Bréfritari: Jóhannes Halldórsson
Dagsetning: A-1875-05-09
Skrifað á: Vesturheimi

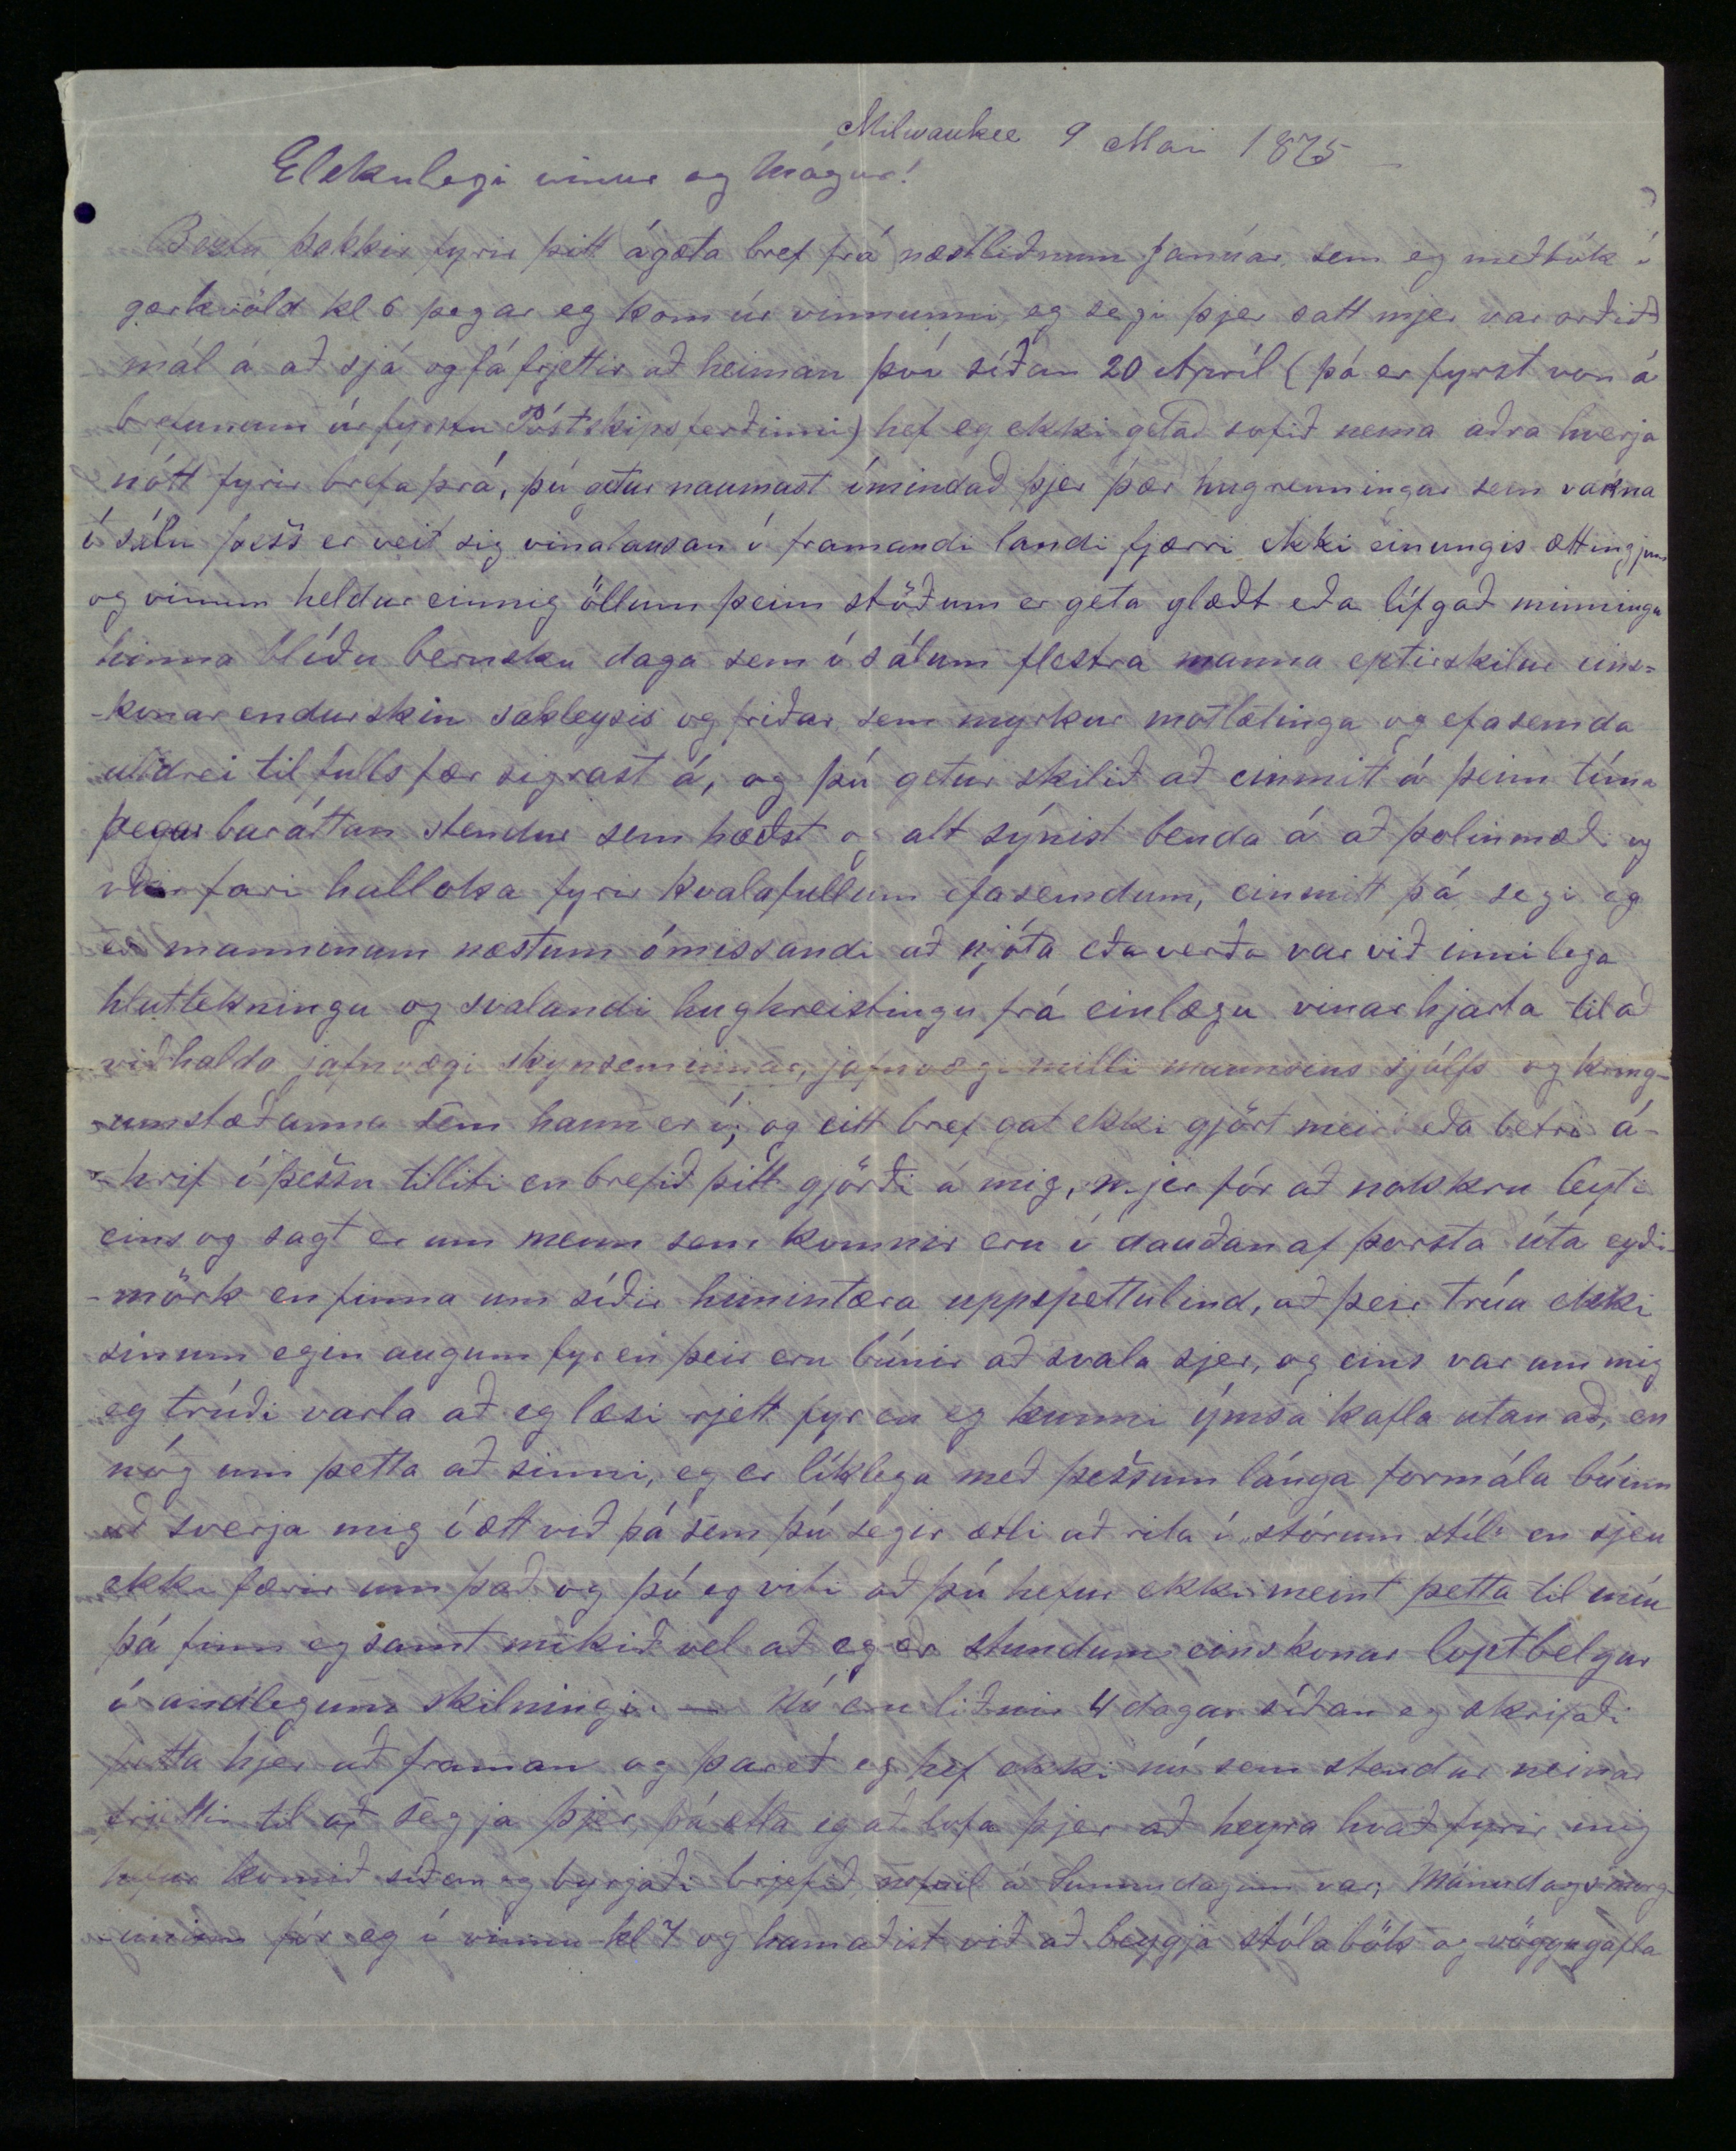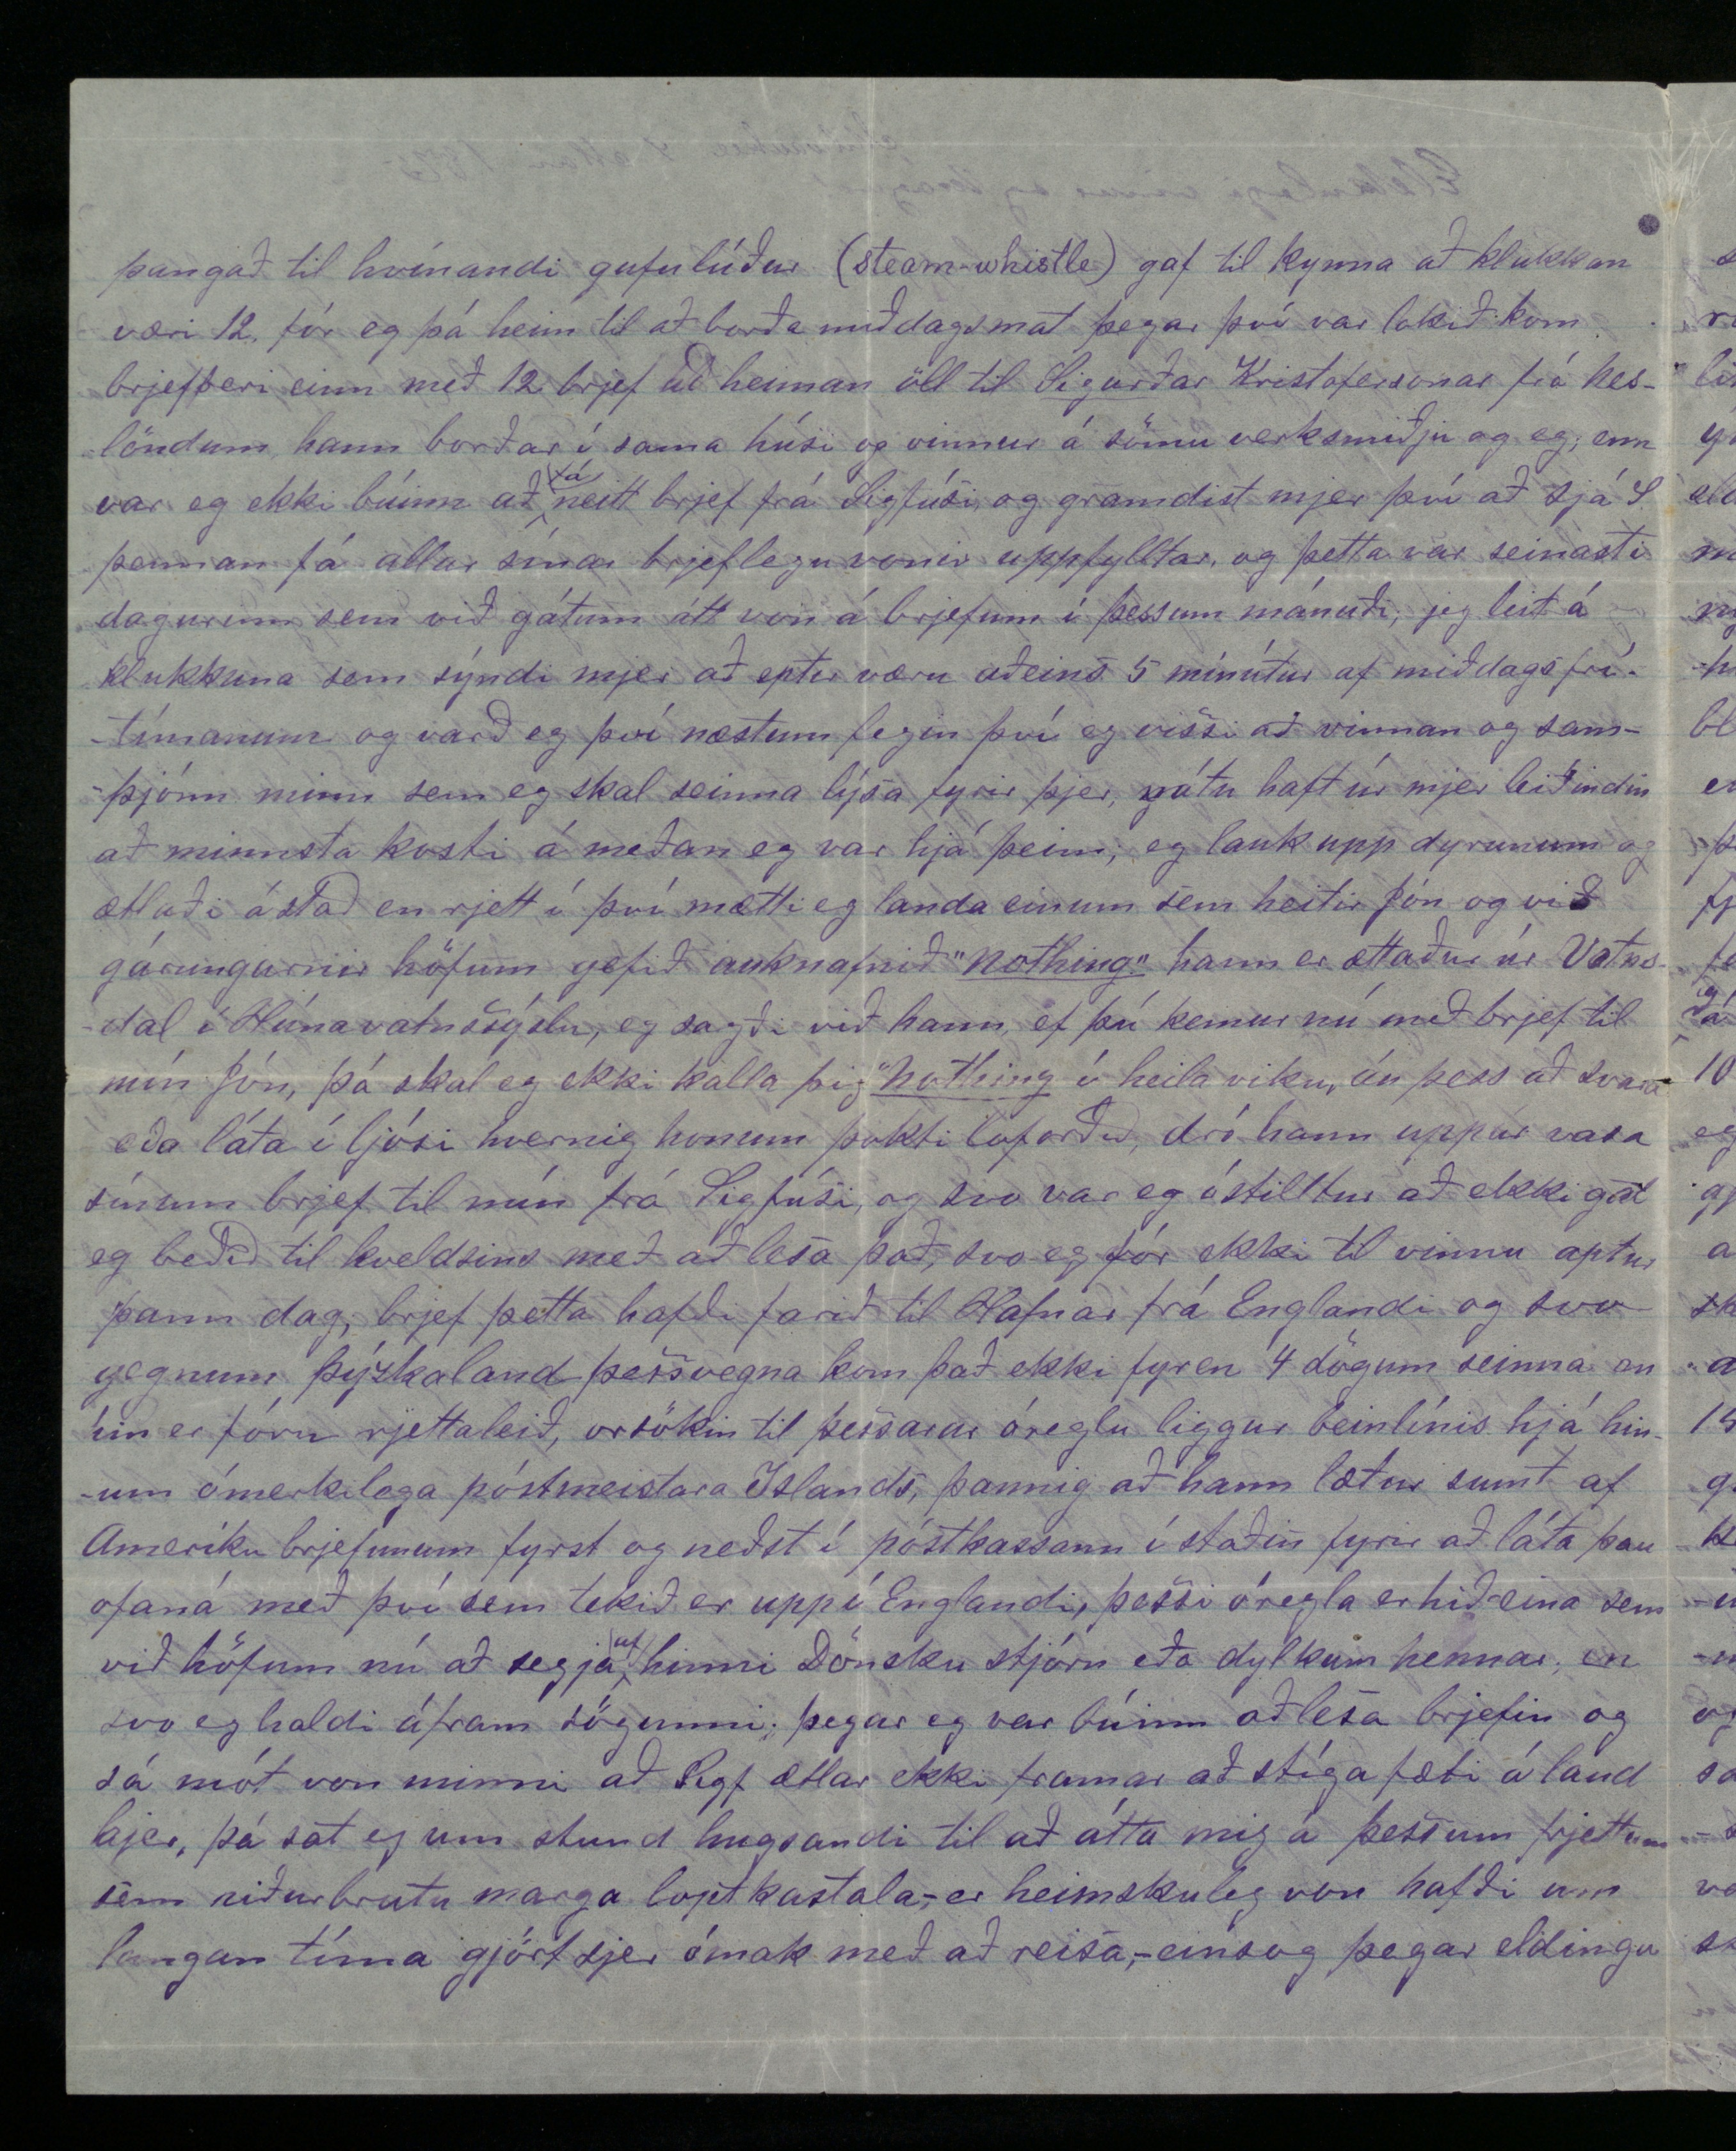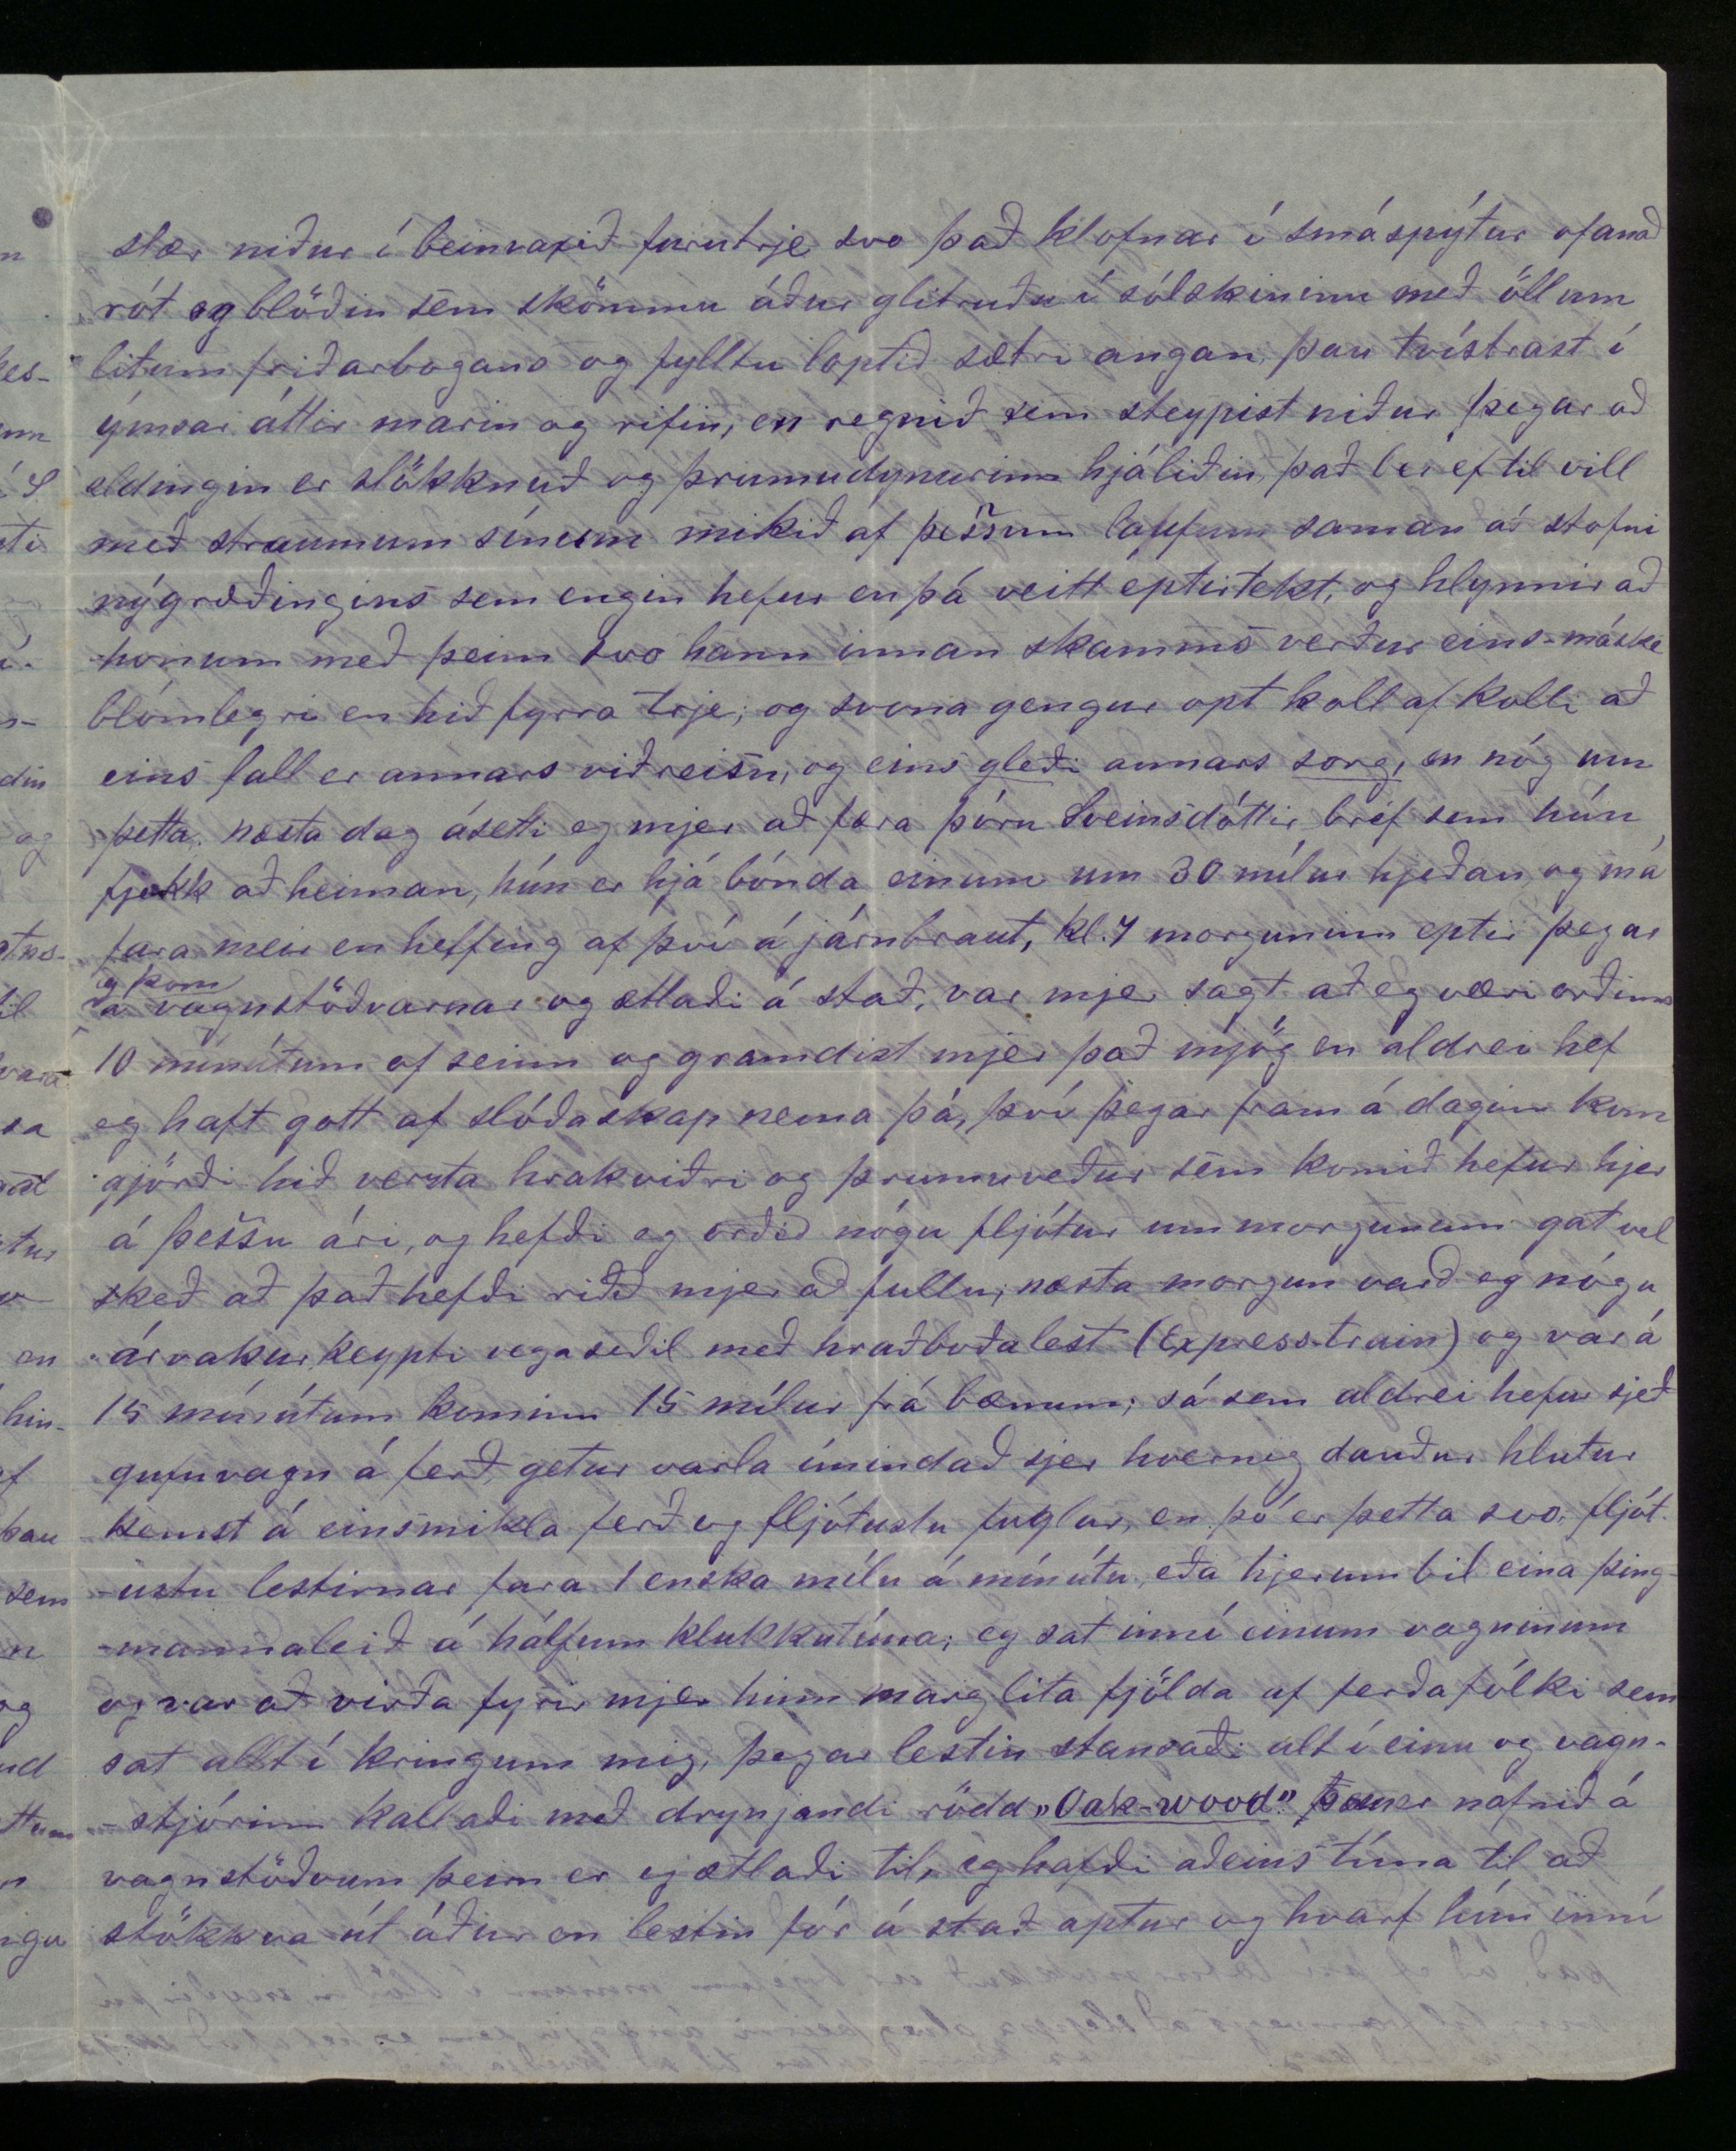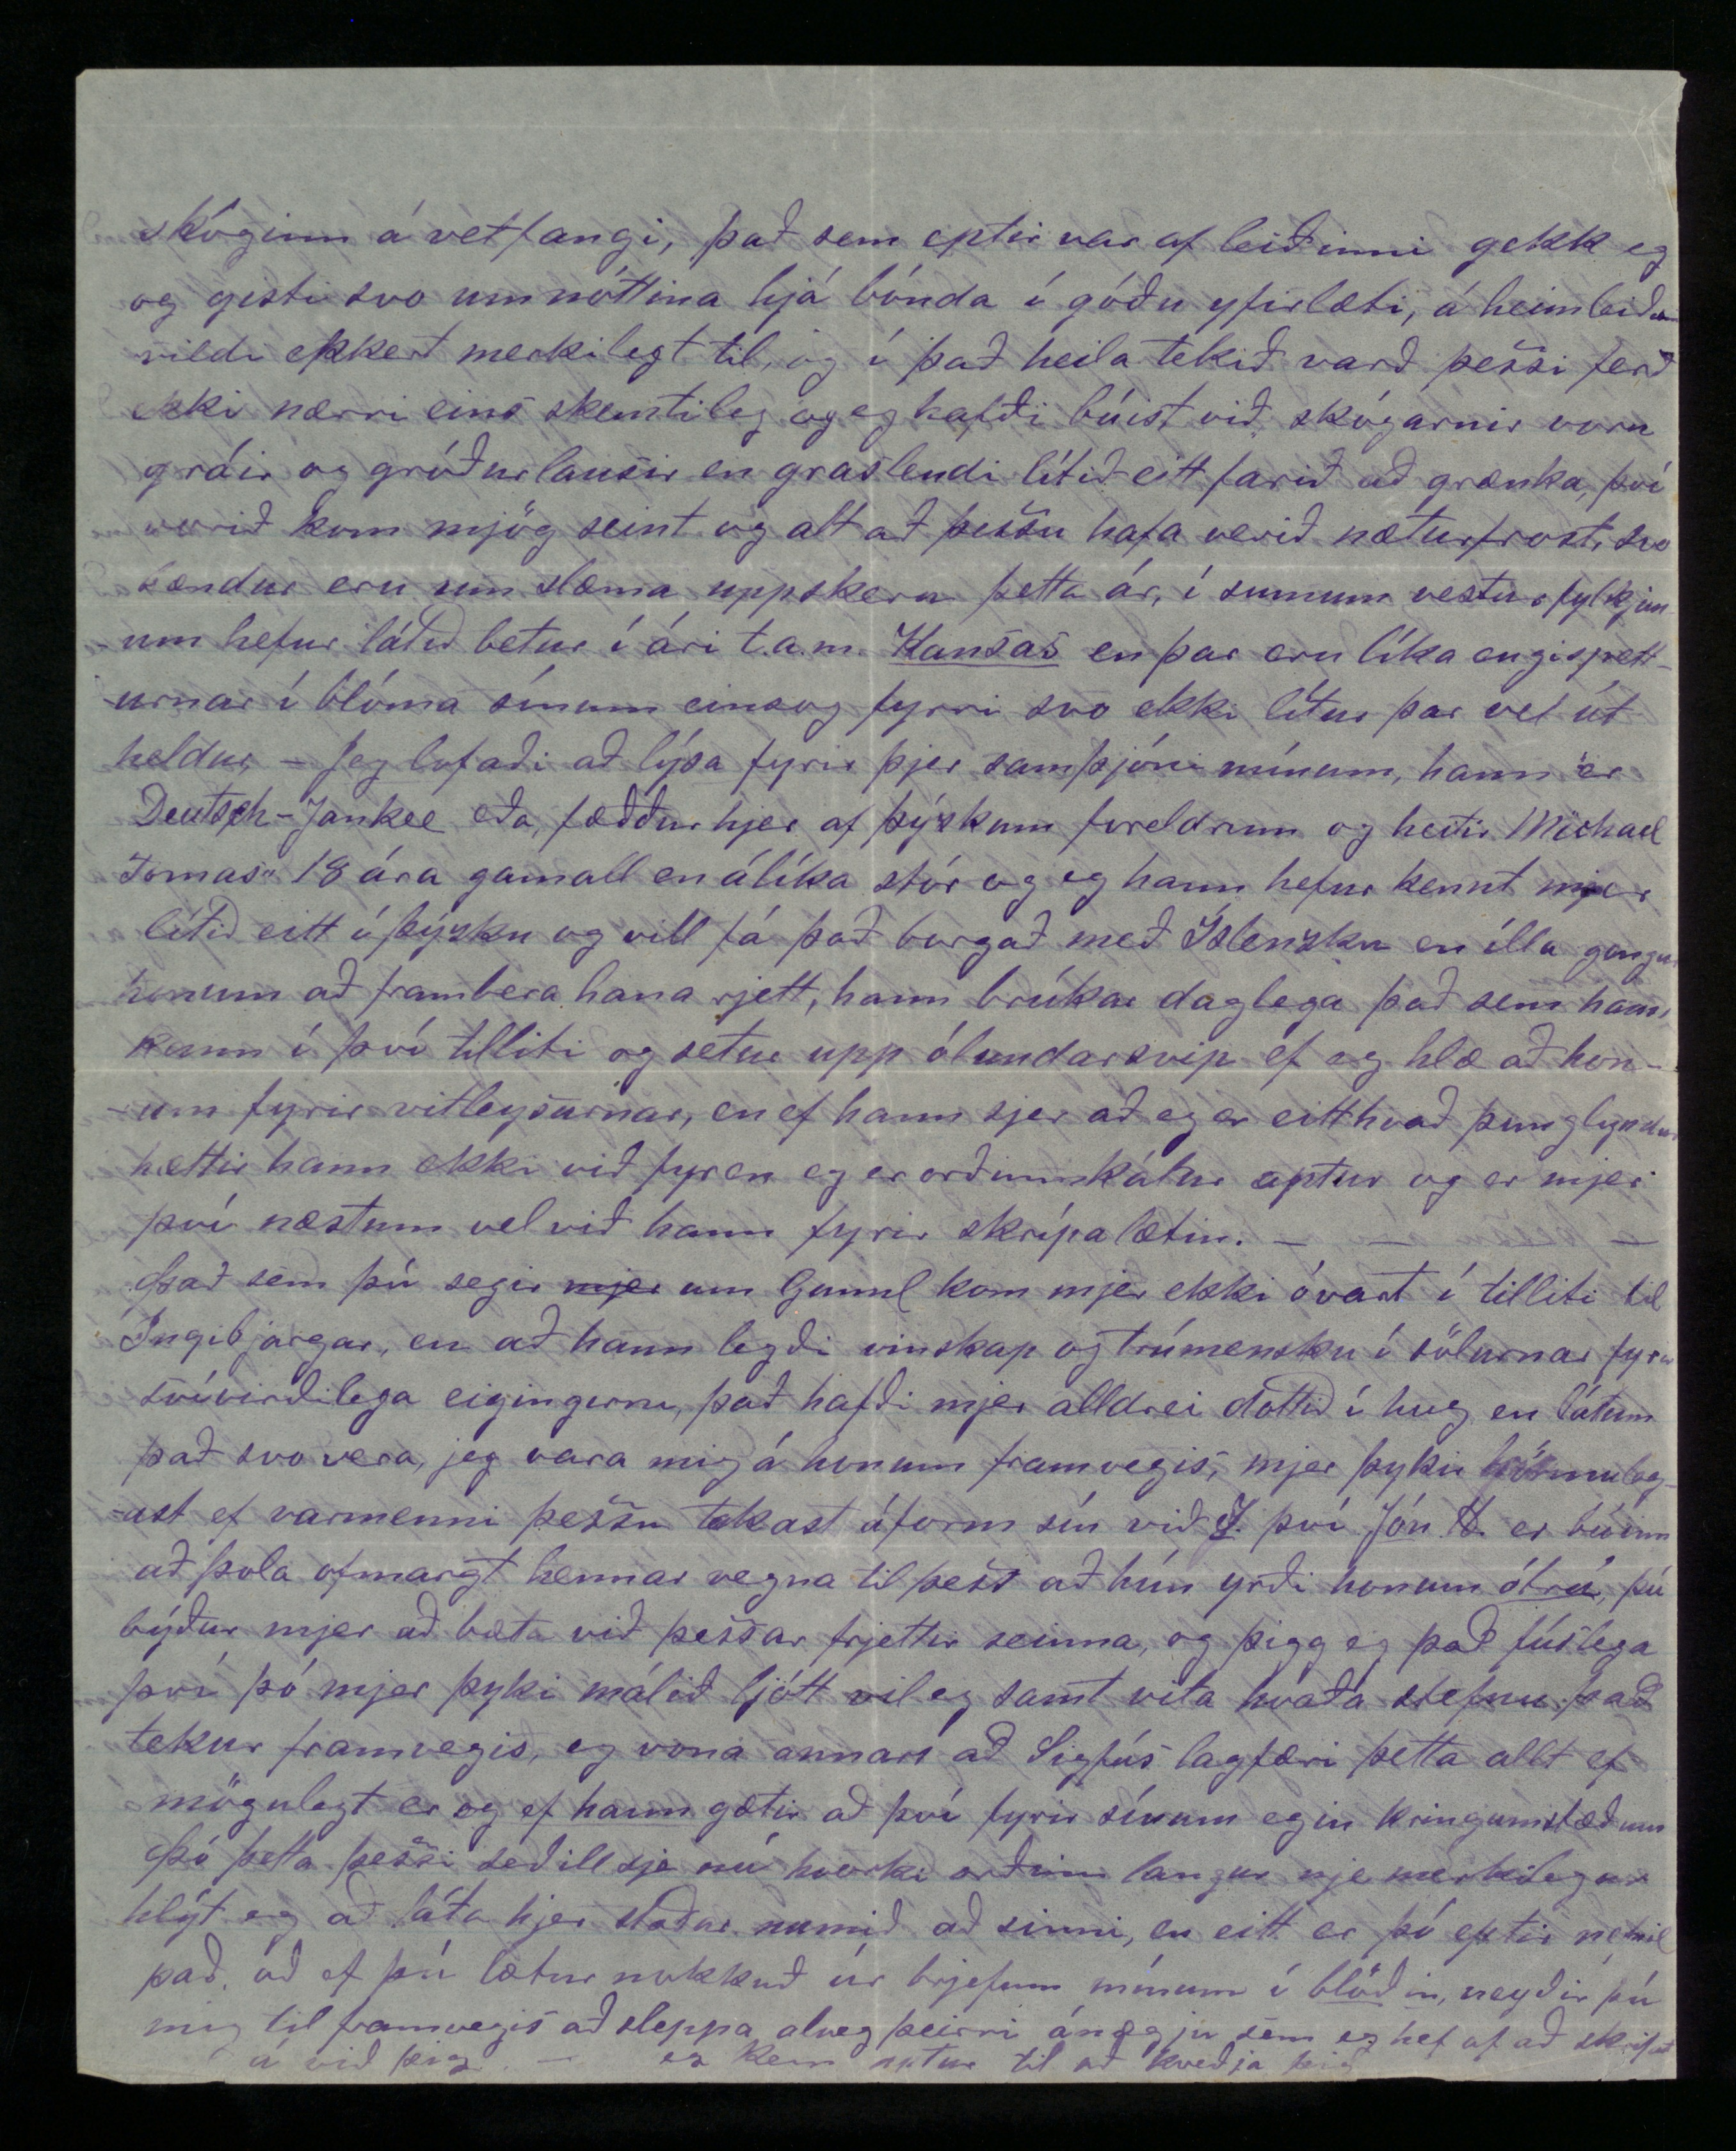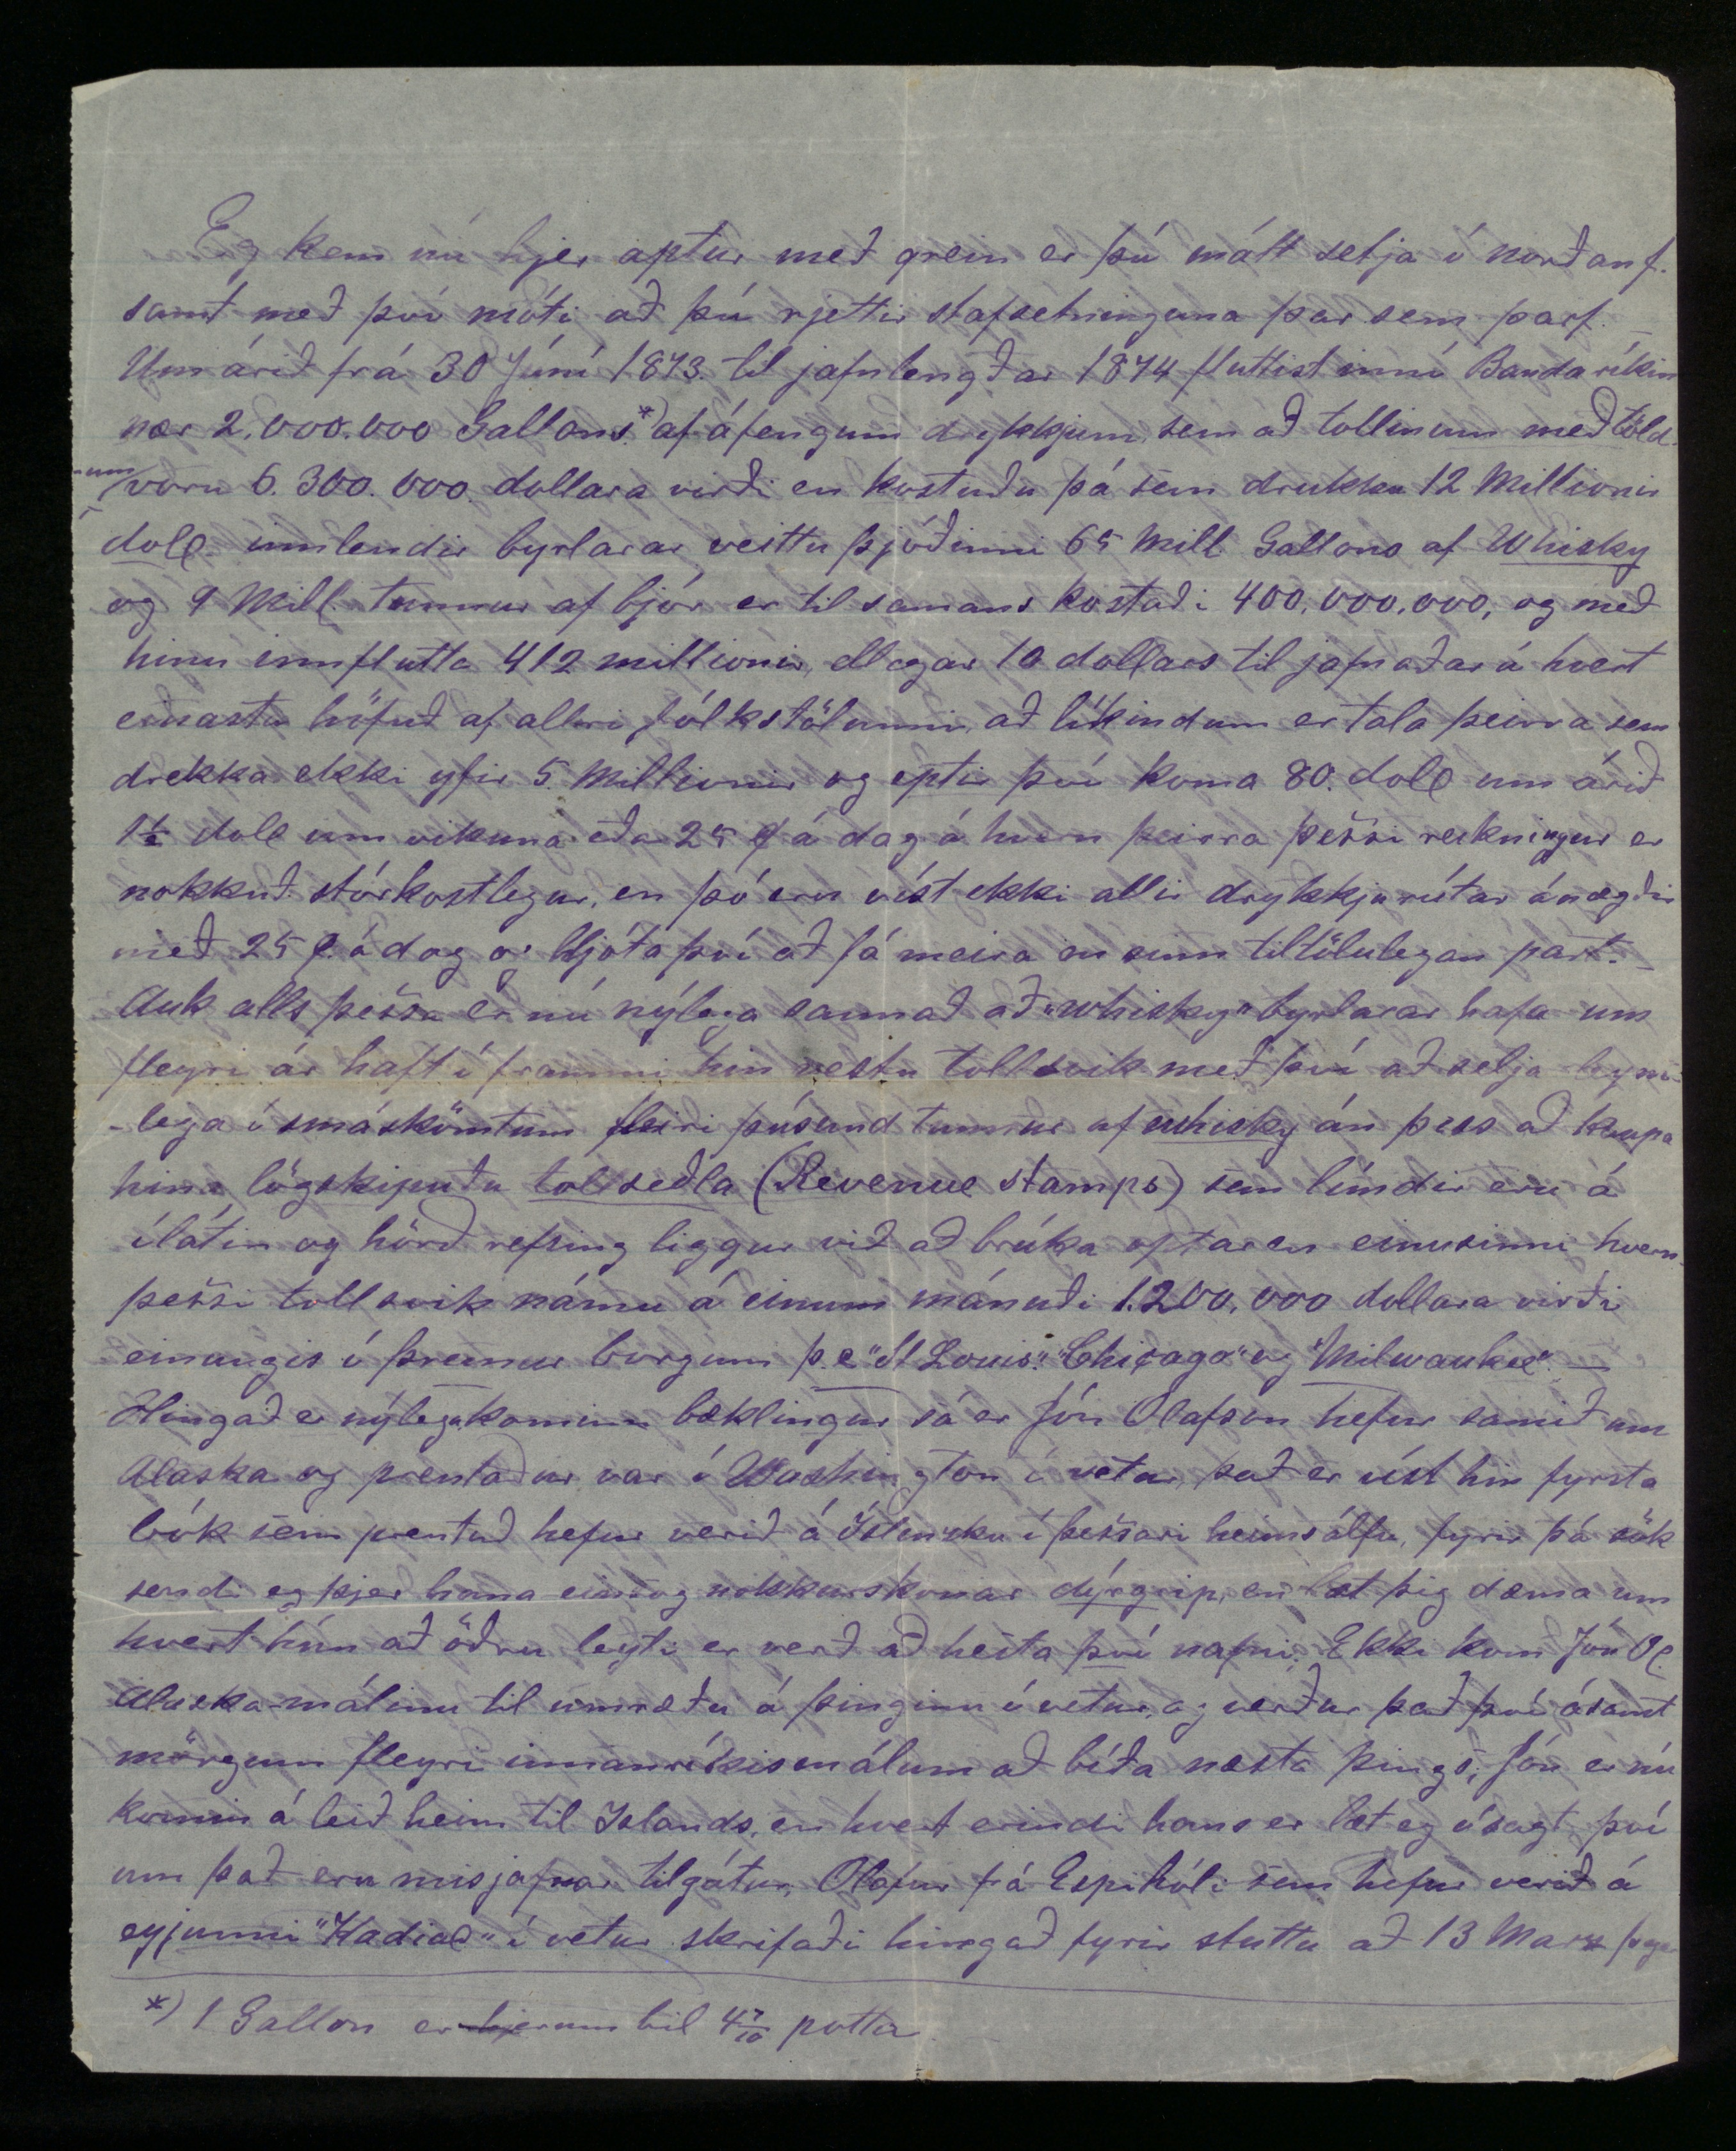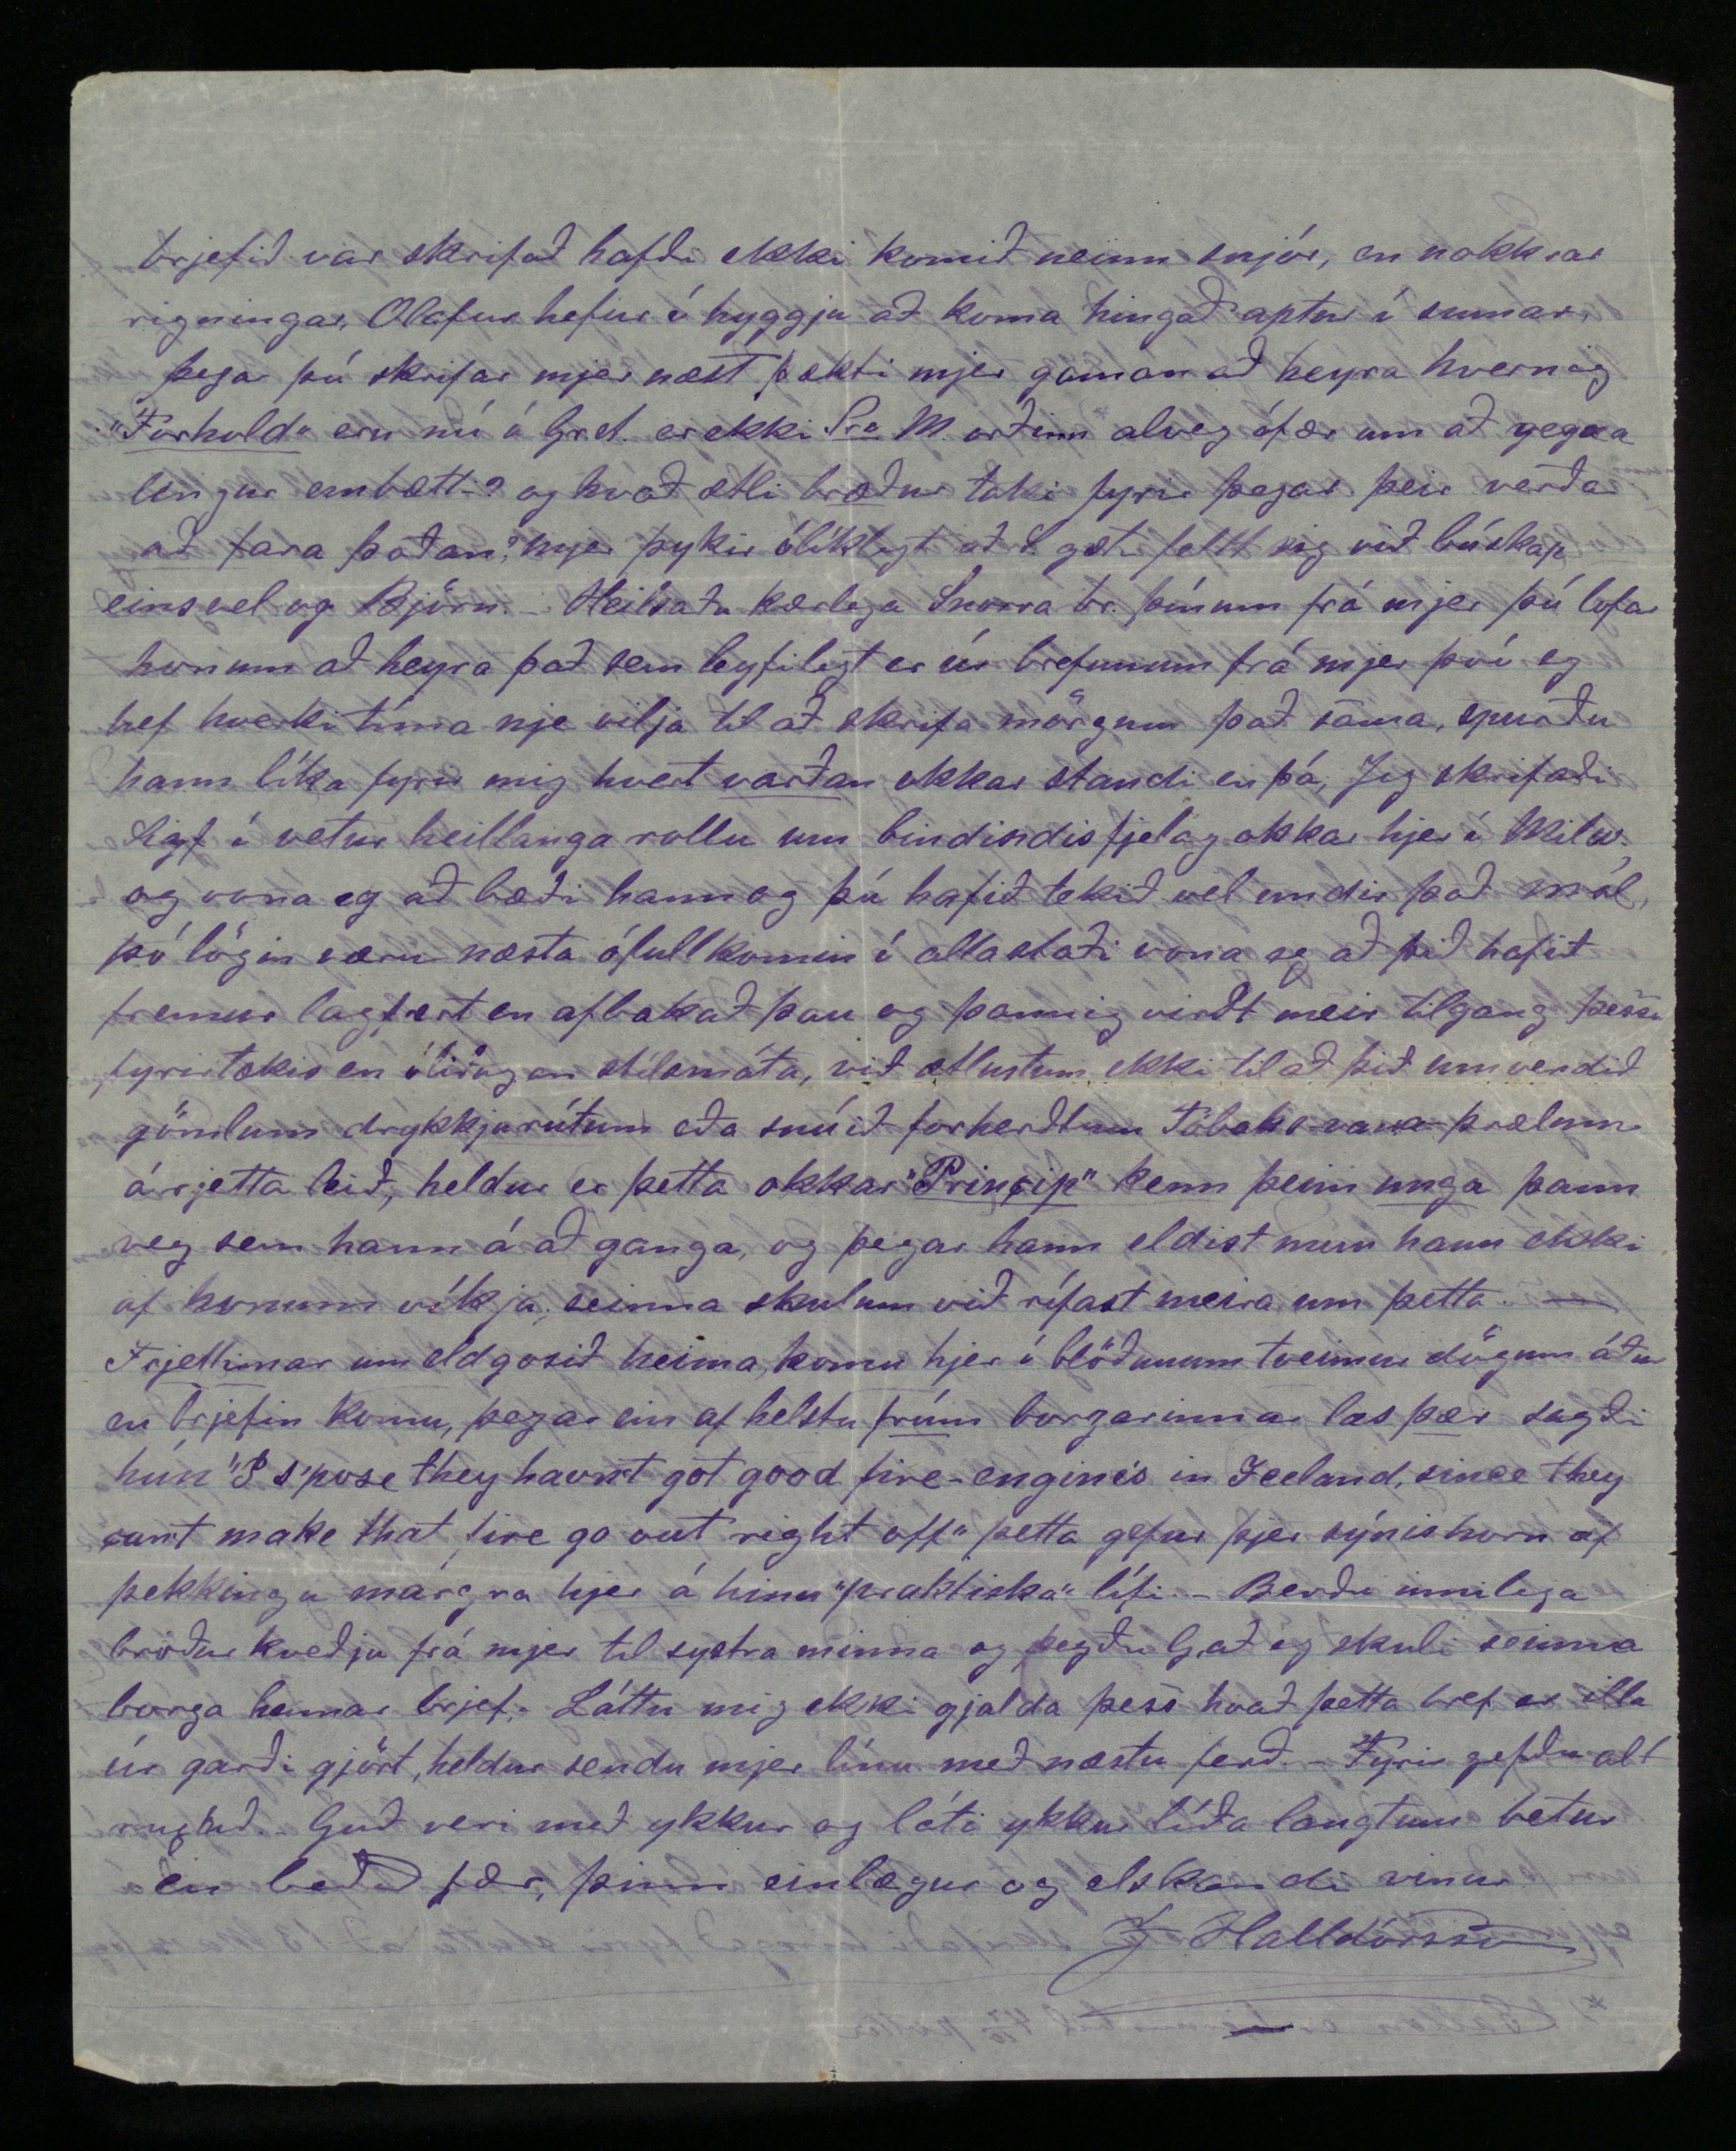

Milwaukee 9. Maí 1875
Elskulegi vinur og mágur!
Beztu þakkir fyrir þitt ágæta bref frá næstliðnum Janúar sem eg meðtók í gærkvöld kl 6 þegar eg kom úr vinnunni, eg segi þjer satt mjer var orðið mál á að sjá og fá frjettir að heiman því síðan 20 Apríl (þá er fyrzt var von á brefunum úr fyrstu Póstskipsferðinni) hef eg ekki getað sofið nema aðra hverja nótt fyrir brefaþrá, þú getur naumast ímindað þjer þær hugrenningar sem vakna í sálu þess er veit sig vinalausan í framandi landi fjærri ekki einungis ættingjum og vinum heldur einnig öllum þeim stöðum er geta glædt eða lífgað minningu hinna blíðu bernsku daga sem í sálum flestra manna eptirskilur einskonar endurskin sakleysis og friðar sem myrkur motlinga og efasemda alldrei til fulls fær sigrast á, og þú getur skilið að einmitt á þeim tíma þegar baráttan stendur sem hæðst og allt sýnist benda á að þolinmæði og 0000 fari halloka fyrir kvalarfullum forsendum, einmitt þá segi eg er manninum næstum ómissandi að njóta eða verða var við innilega hluttekningu og svalandi hughreistingu frá einlægu vinarhjarta til að viðhalda jafnvægi skynsemminnar og jafnvægi milli mannsins sjálfs og kringumstæðanna sem hann er í, og eitt bref gat ekki gjört meiri eða betri áhrif í þessu tilliti en brefið þitt gjörði á mig, mjer fór að nokkru leyti eins og sagt er um menn sem komnir eru í daðan af þorsta úta eyðimörk en finna um síðir
heinintæra
uppsprettulind, að þeir trúa ekki sínum egin augum fyr en þeir eru búnir að svala sjer, og eins var um mig eg trúði varla að eg læsi rjett fyr en eg kunni ýmsa kafla utan að, en nóg um þetta að sinni, eg er líklega með þessum lánga formála búinn að sverja mig í ætt við þá sem þú segir ætti að rita í stórum stíl en sjeu ekki færir um það og þó eg viti að þú hefur ekki meint þetta til mín þá finn eg samt mikið vel að eg er stundum einskonar
loptbelgur
í undarlegum skilningi. - Nú eru liðnir 4 dagar síðan eg skrifaði þetta hjer að framan og þar eð eg hef ekki nú sem stendur neinar frjettir að segja þjer þá ætla eg að lofa þjer að heyra hvað fyrir mig hefur komið síðan eg byrjaði brjefið 000000 á Sunnudaginn var; Mánudagsmorguninn fór eg í vinnu kl 7 og hamaðist við að beygja stólabök og vöggugafla
þangað til hvínandi gufulúður (steam-whislte) gaf til kynna að klukkan væri 12. fór eg þá heim til að borða miðdagsmat þegar því var lokið kom brjefberi einn með 12 brjef að heiman öll til Sigurðar Kristleifssonar frá Neslöndum hann borðar í sama húsi og vinnur á sömu verksmiðju og eg, enn var eg ekki búinn að
fá
neitt brjef frá Sigfúsi og gramdist mjer því að sjá S þennan fá allar sínar brjeflegu vonir uppfylltar og þetta var seinasti dagurinn sem við gátum átt von á brjefum í þessum mánuði, jeg leit á klukkuna sem sýndi mjer að eptir væru aðeins 5 mínútur af miðdagsfrítímanum og varð eg því næstum fegin því eg vissi að vinnan og samþjónn minn sem eg skal seinna lýsa fyrir þjer gátu haft úr mjer leiðindin að minnsta kosti á meðan eg var hjá þeim, eg lauk upp dyrunum og ætlaði á stað en rjett í því mætti eg landa einum sem heitir Jón og við gráungarnir höfum gefið auknafnið
„nothing"
hann er ættaður úr Vatnsdal í Húnavatnssýslu, eg sagði við hann ef þú kemur nú með brjef til mín Jón, þá skal eg ekki kalla þig
nothing
í heila viku, án þess að svara eða láta í ljósi hvernig honum þætti loforðið dró hann uppúr vasa sínum brjef til mín frá Sigfúsi og svo var eg ótilltur að ekki gat eg beðið til kveldsins með að lesa það, svo eg fór ekki til vinnu aptur þann dag, brjef þetta hafði farið til Hafnar frá Englandi og svo gegnum Þýzkaland þessvegna kom það ekki fyren 4 dögum seinna en hin er fóru rjetta leið, orsökin til þessarar óreglu liggur beinlínis hjá hinum ómerkilega póstmeistara Íslands, þannig að hann lætur sumt af Ameríku brjefunum fyrzt og neðst í póstkassann í staðin fyrir að láta þau ofaná með því sem tekið er upp í Englandi, þessi óregla er hið eina sem við höfum nú að segja
af
hinni Dönsku stjórn eða dylkum hennar en svo eg haldi áfram sögunni þegar eg var búinn að lesa brjefin og sá mót von minni að Sigf ætlar ekki framar að stíga fæti á land hjer, þá sat eg um stund hugsandi til að átta mig á þessum frjettum sem niðurbrutu marga loptkastala - er heimskuleg von hafði um langan tíma gjört sjer ómak með að reisa - einsog þegar eldingu
slær niður í beinvaxið furutrje svo það klofnar í smá sputur ofanað rót og blöðin sem skömmu áður glitruðu í skólskininu með öllum litum friðarbogans og fylltu loptið sætri angan þau tvístrast í ýsmar áttir marin og rifin, en regnið sem steypist niður þegar að eldingin er slökknuð og þrumudynurinn hjáliðin það ber ef til vill með straumum sínum mikið af þessum laufum saman að stofni nýgræðingsins sem engin hefur enþá veitt eptirtekt, og hlynnir að honum með þeim svo hann innan skamms verður eins máske blómlegri en hið fyrra trje, og svona gengur opt koll af kolli að eins fall er annars við reisn, og eins
gleði
annars
sorg
, en nóg um þetta næsta dag ásetti eg mjer að færa Þóru Steinsdóttir bréf sem hún fjekk að heiman, hún er hjá bónda sínum um 30 mílur hjeðan og má fara meir en helfing af því á járnbraut, kl. 4 morguninn eptir þegar
eg kom
á vagnstöðvarnar og ætlaði á stað var mjer sagt að eg væri orðinn 10 mínútum of seinn og gramdist mjer það mjög en aldrei hef eg haft gott af sólaskap pnema þá, því þegar fram a´daginn kom gjörði hið verzta hrakviðri og þrumuveður sem komið hefur hjer á þessu ári og hefði eg orðið nógu fljótur um morguninn gat vel skeð að það hefði riðið mjer að fullu, næsta morgun varð eg nógu árvakur keypti vegaseðil með hraðboðalest (Express-train) og var á 15 mínútum kominn 15 mílur frá bænum; sá sem aldrei hefur sjeð gufuvagn á ferð getur varla ímindað sjer hvernig dauður hlutur kemst á einsmikla ferð og fljótustu fuglar, en þó er þetta svo fljótustu lestirnar fara 1 enska mílu á mínútu eða hjerum bil eina þingmannaleið á hálfum klukkutíma; eg sat inní einum vagninum og var að virða fyrir mjer hinn marglita fjölda af ferðafólki sem sat allt í kringum mig, þegar lestin stansaði alt í einu og vagnstjórinn kallaði með drynjandi rödd
„Oak-wood"
þ
sem er nafnið á vagnstöðvum þeim er eg ætlaði til, eg hefði aðeins tíma til að stökkva út áður en lestin fór á stað aptur og hvarf hún inní
skóginn á vetfangi, það sem eptir var af leiðinni gekk eg og gisti svo um nóttina hjá bónda í góðu yfirlæti, á heimleið vildi ekkert merkilegt til og í það heila tekið varð þessi ferð ekki nærri eins skemtileg og eg hafði búist við skógarnir voru gráir og gróðurlausir en graslendi lítið eitt farið að grænka, því vorið kom mjög seint og alt að þessu hafa verið næturfrost, svo bændur eru sem slæma uppskeru þetta ár, í sumum vesturfylkunum hefur látið betur í ári t.a.m.
Kansas
en þar eru líka engispretturnar í blóma sínum einsog fyrri svo ekki lítur þar vel út heldur - Jeg lofaði að lýsa fyrir þjer samþjóni mínum, hann er Deutsch-Jankee eða fæddur hjer af þýskum foreldrum og heitir Michael Tomas 18 ára gamall en álíka stór og eg hann hefur kennt mjer lítið eitt í þýzku og vill fá það borgað með Íslenzku en ílla gengur honum að frambera hana rjett, hann brúkar daglega það sem hann kann í því tilliti og setur upp ólundarsvip ef eg hlæ að honum fyrir vitleysurnar, en ef hann sjer að eg er eitthvað þunglyndur hættir hann ekki við fyren eg er orðinn kátur aptur og er mjer því næstum vel við hann fyrir skrípalætin.
það sem þú segir
mjer
um Gunnl kom mjer ekki óvart í tilliti til Ingibjargar en að hann legði vinskap og trúmensku í sölurnar fyrir svívirðilega eigingirni, það hafði mjer alldrei dottið í hug en látum það svo vera jeg vara mig á honum framvegis, mjer þykir
hörmulegast
ef varmenni þessu takast áform sín við I. því Jón H. er búinn að þola ofmargt hennar vegna til þess að hún yrði honum ótrú, þú býður mjer að bæta við þessar frjettir seinna og þigg eg það fúslega því þó mjer þyki málið ljótt vil eg samt vita hvaða stefnu það tekur framvegis, eg vona annars að Sigfús lagfæri þetta allt ef mögulegt er og ef hann gætir að því fyrir sínum egin kringumstæðum þó þetta þessi seðill sje nú hvorki orðinn langur nje merkilegur hlýt eg að láta hjer staðar numið að sinni, en eitt er þó eptir nefnil það að ef þú lætur nokkuð úr brjefum mínum í blöðin neyðir þú mig til framvegis að sleppa alveg þeirri ánægju sem eg hef af að skrifast á við þig. eg kem aptur til að kveðja þig
Eg kem nú hjer aptur með grein er þú mátt setja í norðanf. samt með því móti að þú rjettir stafsetninguna þar sem þarf. Um árið frá 30 Júní 1873 til jafnlengðar 1874 fluttist inní Bandaríkin nær 2.000.000 Gallons
*)
*) 1 Gallon er hjerumbil 4 7/10 pottar
af áfengum drykkjum sem að tollinum meðtöldum voru 6.300.000 dollara virði en kostuðu þá sem drukku 12 Millionir doll. innlendir byrlarar veittu þjóðinni 65 mill Gallons af
Whisky
og 9 mill. tunnur af bjór er til samans kostaði 4000.000.000 og með hinu innflutta 412 millionir ellegar 10 dollars til jöfnuðar á hvert einasta höfuð af allri fólkstölunni að líkindum er tala þeirra sem drekka ekki yfir 5 Millionir og eptir því koma 80 doll um árið 1 1/2 doll um vikuna eða 25
c
á dag á hvern þeirra þessi reikningur er nokkuð stórkostlegur en þó eru víst ekki allir drykkjurútar ánægðir með 25 c á dagog hljóta því að fá meira en einn tiltölulegan part. Auk alls þessa er nú nýlega sannað að „whisky" byrlarar hafa um fleyri ár haft í frammi hin vestu tollsvik með því að selja leynilega í smáskömtum fleiri þúsund tunnur af
whisky
án þess að kaupa hina lögskipuðu
tollseðla
(Revenue stamps) sem límdir eru á ílátin og hörð refsing liggur við að brúka optar en einusinni hvern þessi tollsvik námu á einum mánuði 1.200.000 dollara virði einungis í þreumur borgum þ.e "St Louis" "Chicago" og "Milwaukee".
Hingað er nýlega kominn bæklingur sá er Jón Olafson hefur samið um Alaska og prentaður var í Washington í vetur, það er víst hin fyrsta bók sem prentuð hefur verið á Íslenzku í þessari heimsálfu fyrir þá sök sendi eg þjer hana einsog nokkurskonar
dýrgrip
en læt þig dæma um hvert hún að öðru leyti er verð að heita því nafni. Ekki kom Jón Ol. Alaskamálum til umræðu á þinginu í vetur og verður það því ásamt mörgum fleyri innanríkismálum að bíða næsta þings, Jón er nú komin á leið heim til Islands en hvert erindi hans er læt eg ósagt því um það eru misjafnar tilgátur, Olafur frá Espihóli sem hefur verið á eyjunni "Kodiac" í vetur skrifaði hingað fyrir stuttu að 13 Marz þegar
brjefið var skrifað hafði ekki komið neinn snjór en nokkrar rigningar, Olafur hefur í hyggju að koma hingað aptur í sumar þegar þú skrifar mjer næst þækti mjer gaman að heyra hvernig
"Forhold"
eru nú á Gr.st. er ekki Sra M orðinn alveg ófær um að gegna lengur embætti? og hvað ætli bræður taki fyrir þegar þeir verða að fara þaðan? Mjer þykir ólíklegt að S. gæti fellt sig við búskap einsvel og Björn. Heilsaðu kærlega Snorra br. þínum frá mjer þú lofar honum að heyra það sem leyfilegt er úr brefunum frá mjer því eg hef hverki tíma nje vilja til að skrifa mörgum það sama, spurðu hann líka fyrir mig hvert varðan okkar standi en þá, Jeg skrifaði Sigf í vetur heillanga rollu um bindindisfjelag okkar hjer í Milw. og vona eg að bæði hann og þú hafið tekið vel undir það mál, þó lögin væru næsta ófullkomin í alla staði vona eg að þið hafið fremur lagfært en afbakað þau og þannig virdt meir tilgang þessa fyrirtækis en óliðugan stílsmáta, við ætlustum ekki til að þið umvendið gömlum drykkjarútum eða snúið forherdtum Tóbaksvarnarþrælum á rjetta leið, heldur er þetta okkar
"Princip"
kenn þeim unga þann veg sem hann á að ganga og þegar hann eldist mun hann ekki af honum víkja seinna skulum við rífast meir um þetta.
Frjettirnar um eldgosið heima komu hjer í blöðunum tveimur dögum áður en brjefin komu, þegar ein af helstu
frúm
borgarinnar las þær sagði hún "I s'pose they havnðt got good fire-engine's in Iceland, since they can't make that fire go out right off" þetta gefur þjer sýnishorn af þekkingu margra hjer á hinu "praktíska" lífi. Berðu innilega bróður kveðju frá mjer til systra minna og segðu G. að eg skuli seinna borga hennar brjef. Láttu mig ekki gjalda þess hvað þetta bref er illa úr garði gjört, heldur sendu mjer línu með næstu ferð. Fyrirgefðu alt ruglið. Guð veri með ykkur og láti ykkur líða langtum betur en beðið fær þinn einlægur og elskandi vinur
J Halldórsson